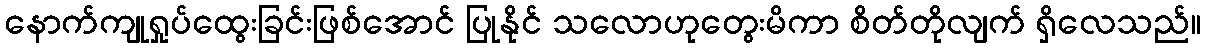
နောက်ကျုရှုပ်ထွေးခြင်းဖြစ်အောင် ပြုနိုင် သလောဟုတွေးမိကာ စိတ်တိုလျက် ရှိလေသည်။